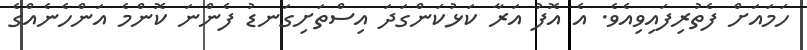
ހަމައަށް ފެތުރިފައިވިއެވެ. އެ އޮފު އަރާ ކަޅުކަންގަދަ އިސްތަށިގަނޑު ފެންނަ ކޮންމެ އަންހެނެއްގެ